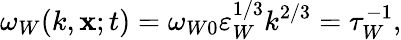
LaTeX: \omega_{W}(k,{\mathbf{x}};t)=\omega_{W0}\varepsilon_{W}^{1/3}k^{2/3}=\tau_{W}^{-1},